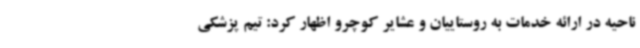
ناحیه در ارائه خدمات به روستاییان و عشایر کوچرو اظهار کرد: تیم پزشکی